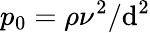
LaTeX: p_{0}=\rho\nu^{2}/\mathrm{d}^{2}